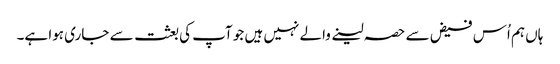
ہاں ہم اُس فیض سے حصہ لینے والے نہیں ہیں جو آپ کی بعثت سے جاری ہوا ہے۔